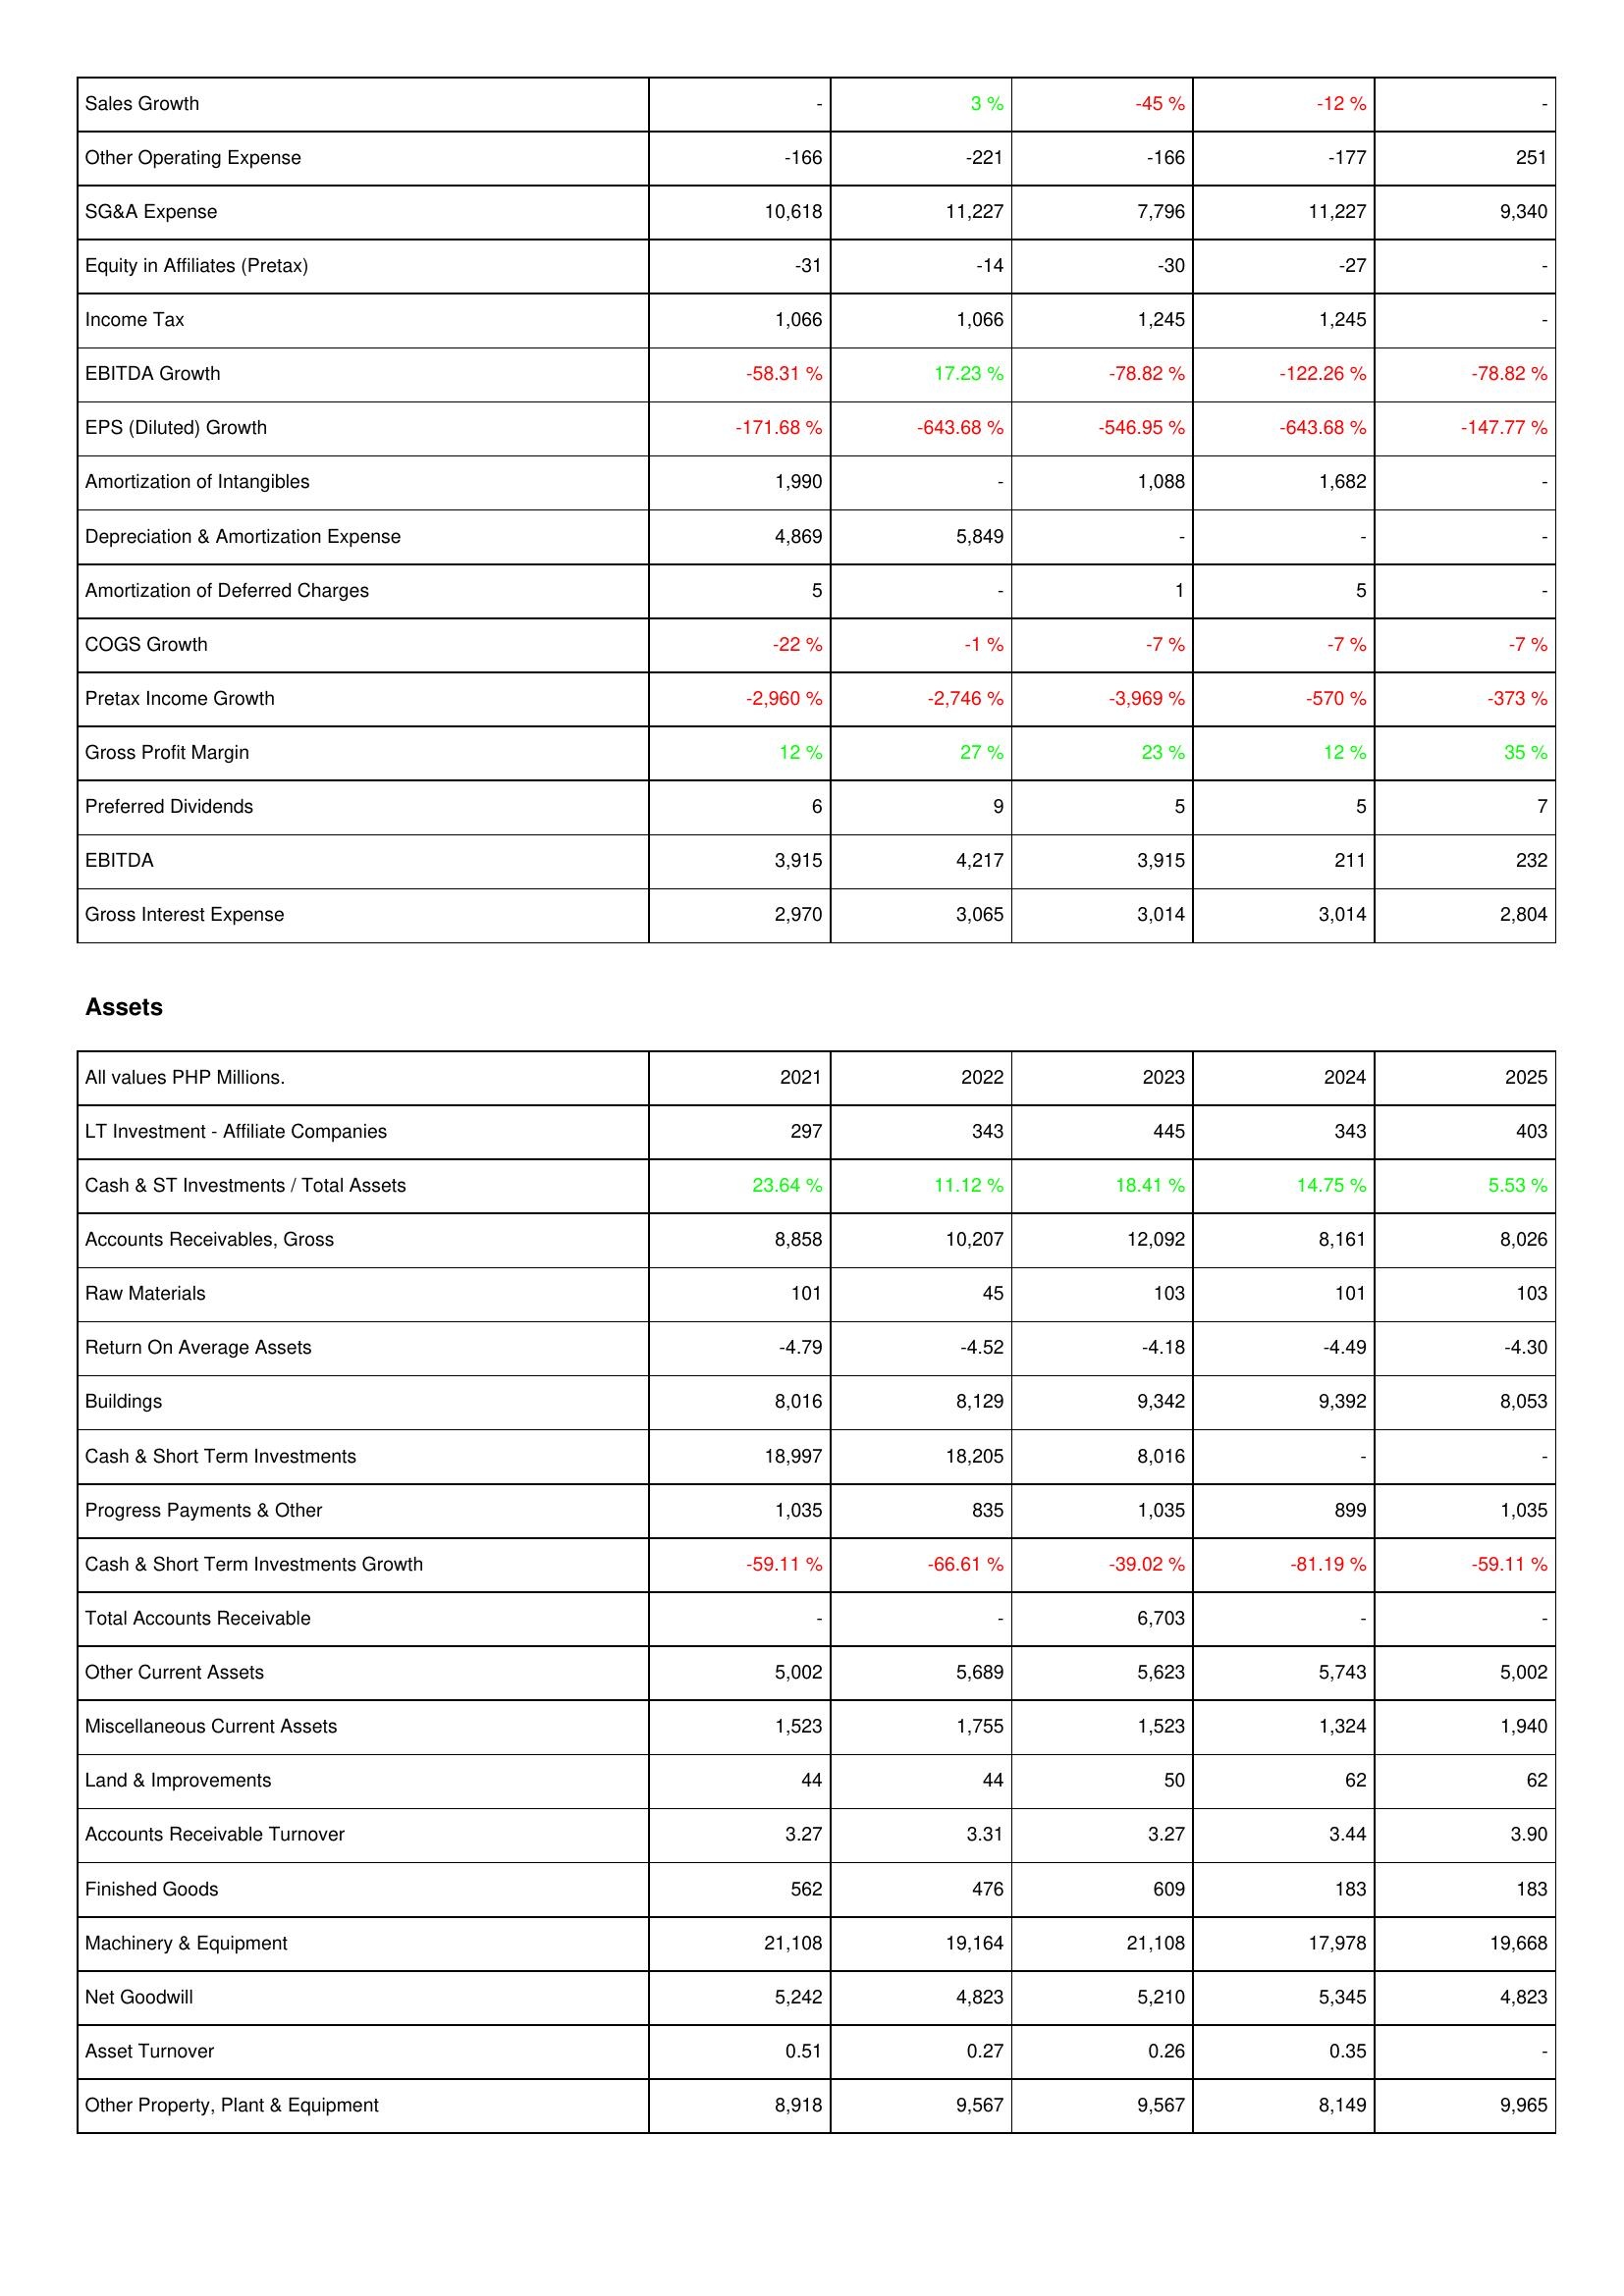
2021: Income Statement: Sales Growth: -
Other Operating Expense: -166
SG&A Expense: 10,618
Equity in Affiliates (Pretax): -31
Income Tax: 1,066
EBITDA Growth: -58.31 %
EPS (Diluted) Growth: -171.68 %
Amortization of Intangibles: 1,990
Depreciation & Amortization Expense: 4,869
Amortization of Deferred Charges: 5
COGS Growth: -22 %
Pretax Income Growth: -2,960 %
Gross Profit Margin: 12 %
Preferred Dividends: 6
EBITDA: 3,915
Gross Interest Expense: 2,970
Assets: LT Investment - Affiliate Companies: 297
Cash & ST Investments / Total Assets: 23.64 %
Accounts Receivables, Gross: 8,858
Raw Materials: 101
Return On Average Assets: -4.79
Buildings: 8,016
Cash & Short Term Investments: 18,997
Progress Payments & Other: 1,035
Cash & Short Term Investments Growth: -59.11 %
Total Accounts Receivable: -
Other Current Assets: 5,002
Miscellaneous Current Assets: 1,523
Land & Improvements: 44
Accounts Receivable Turnover: 3.27
Finished Goods: 562
Machinery & Equipment: 21,108
Net Goodwill: 5,242
Asset Turnover: 0.51
Other Property, Plant & Equipment: 8,918
2022: Income Statement: Sales Growth: 3 %
Other Operating Expense: -221
SG&A Expense: 11,227
Equity in Affiliates (Pretax): -14
Income Tax: 1,066
EBITDA Growth: 17.23 %
EPS (Diluted) Growth: -643.68 %
Amortization of Intangibles: -
Depreciation & Amortization Expense: 5,849
Amortization of Deferred Charges: -
COGS Growth: -1 %
Pretax Income Growth: -2,746 %
Gross Profit Margin: 27 %
Preferred Dividends: 9
EBITDA: 4,217
Gross Interest Expense: 3,065
Assets: LT Investment - Affiliate Companies: 343
Cash & ST Investments / Total Assets: 11.12 %
Accounts Receivables, Gross: 10,207
Raw Materials: 45
Return On Average Assets: -4.52
Buildings: 8,129
Cash & Short Term Investments: 18,205
Progress Payments & Other: 835
Cash & Short Term Investments Growth: -66.61 %
Total Accounts Receivable: -
Other Current Assets: 5,689
Miscellaneous Current Assets: 1,755
Land & Improvements: 44
Accounts Receivable Turnover: 3.31
Finished Goods: 476
Machinery & Equipment: 19,164
Net Goodwill: 4,823
Asset Turnover: 0.27
Other Property, Plant & Equipment: 9,567
2023: Income Statement: Sales Growth: -45 %
Other Operating Expense: -166
SG&A Expense: 7,796
Equity in Affiliates (Pretax): -30
Income Tax: 1,245
EBITDA Growth: -78.82 %
EPS (Diluted) Growth: -546.95 %
Amortization of Intangibles: 1,088
Depreciation & Amortization Expense: -
Amortization of Deferred Charges: 1
COGS Growth: -7 %
Pretax Income Growth: -3,969 %
Gross Profit Margin: 23 %
Preferred Dividends: 5
EBITDA: 3,915
Gross Interest Expense: 3,014
Assets: LT Investment - Affiliate Companies: 445
Cash & ST Investments / Total Assets: 18.41 %
Accounts Receivables, Gross: 12,092
Raw Materials: 103
Return On Average Assets: -4.18
Buildings: 9,342
Cash & Short Term Investments: 8,016
Progress Payments & Other: 1,035
Cash & Short Term Investments Growth: -39.02 %
Total Accounts Receivable: 6,703
Other Current Assets: 5,623
Miscellaneous Current Assets: 1,523
Land & Improvements: 50
Accounts Receivable Turnover: 3.27
Finished Goods: 609
Machinery & Equipment: 21,108
Net Goodwill: 5,210
Asset Turnover: 0.26
Other Property, Plant & Equipment: 9,567
2024: Income Statement: Sales Growth: -12 %
Other Operating Expense: -177
SG&A Expense: 11,227
Equity in Affiliates (Pretax): -27
Income Tax: 1,245
EBITDA Growth: -122.26 %
EPS (Diluted) Growth: -643.68 %
Amortization of Intangibles: 1,682
Depreciation & Amortization Expense: -
Amortization of Deferred Charges: 5
COGS Growth: -7 %
Pretax Income Growth: -570 %
Gross Profit Margin: 12 %
Preferred Dividends: 5
EBITDA: 211
Gross Interest Expense: 3,014
Assets: LT Investment - Affiliate Companies: 343
Cash & ST Investments / Total Assets: 14.75 %
Accounts Receivables, Gross: 8,161
Raw Materials: 101
Return On Average Assets: -4.49
Buildings: 9,392
Cash & Short Term Investments: -
Progress Payments & Other: 899
Cash & Short Term Investments Growth: -81.19 %
Total Accounts Receivable: -
Other Current Assets: 5,743
Miscellaneous Current Assets: 1,324
Land & Improvements: 62
Accounts Receivable Turnover: 3.44
Finished Goods: 183
Machinery & Equipment: 17,978
Net Goodwill: 5,345
Asset Turnover: 0.35
Other Property, Plant & Equipment: 8,149
2025: Income Statement: Sales Growth: -
Other Operating Expense: 251
SG&A Expense: 9,340
Equity in Affiliates (Pretax): -
Income Tax: -
EBITDA Growth: -78.82 %
EPS (Diluted) Growth: -147.77 %
Amortization of Intangibles: -
Depreciation & Amortization Expense: -
Amortization of Deferred Charges: -
COGS Growth: -7 %
Pretax Income Growth: -373 %
Gross Profit Margin: 35 %
Preferred Dividends: 7
EBITDA: 232
Gross Interest Expense: 2,804
Assets: LT Investment - Affiliate Companies: 403
Cash & ST Investments / Total Assets: 5.53 %
Accounts Receivables, Gross: 8,026
Raw Materials: 103
Return On Average Assets: -4.30
Buildings: 8,053
Cash & Short Term Investments: -
Progress Payments & Other: 1,035
Cash & Short Term Investments Growth: -59.11 %
Total Accounts Receivable: -
Other Current Assets: 5,002
Miscellaneous Current Assets: 1,940
Land & Improvements: 62
Accounts Receivable Turnover: 3.90
Finished Goods: 183
Machinery & Equipment: 19,668
Net Goodwill: 4,823
Asset Turnover: -
Other Property, Plant & Equipment: 9,965